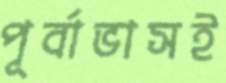
পূর্বাভাসই